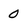
Character: 0